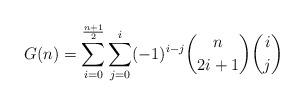
LaTeX: \begin{align*}G(n)=\sum \limits_{i=0}^{\frac{n+1}{2}}\sum \limits_{j=0}^{i}(-1)^{i-j}\binom{n}{2i+1} \binom{i}{j}\end{align*}